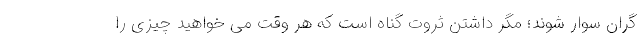
گران سوار شوند؛ مگر داشتن ثروت گناه است که هر وقت می خواهید چیزی را